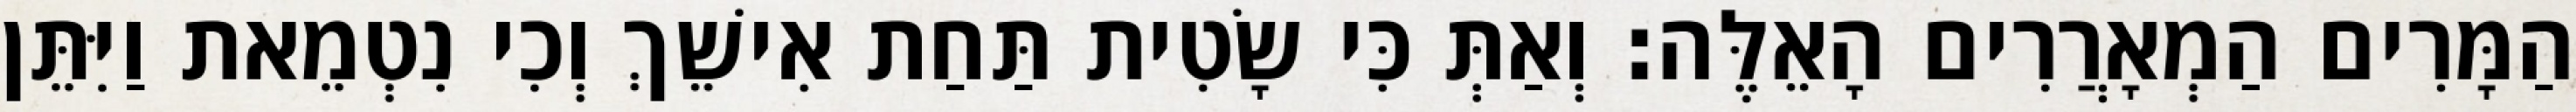
הַמָּרִים הַמְאָרֲרִים הָאֵלֶּה׃ וְאַתְּ כִּי שָׂטִית תַּחַת אִישֵׁךְ וְכִי נִטְמֵאת וַיִּתֵּן